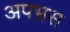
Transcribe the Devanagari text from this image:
अपभ्रस